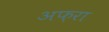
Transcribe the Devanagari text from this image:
अफ़रा